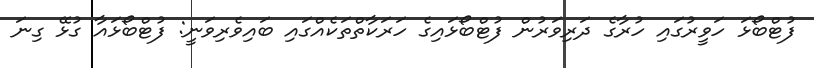
ފުޓްބޯޅަ ހަވީރުގައި ހުރާގެ ދަރިވަރުން ފުޓްބޯޅައިގެ ހަރަކާތްތަކެއްގައި ބައިވެރިވަނީ: ފުޓްބޯޅައާ ގުޅޭ ގިނަ